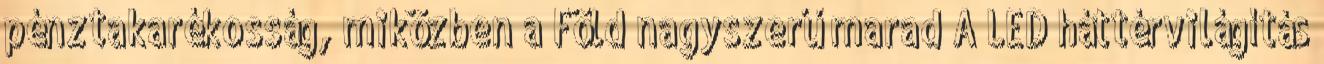
pénztakarékosság, miközben a Föld nagyszerű marad A LED háttérvilágítás